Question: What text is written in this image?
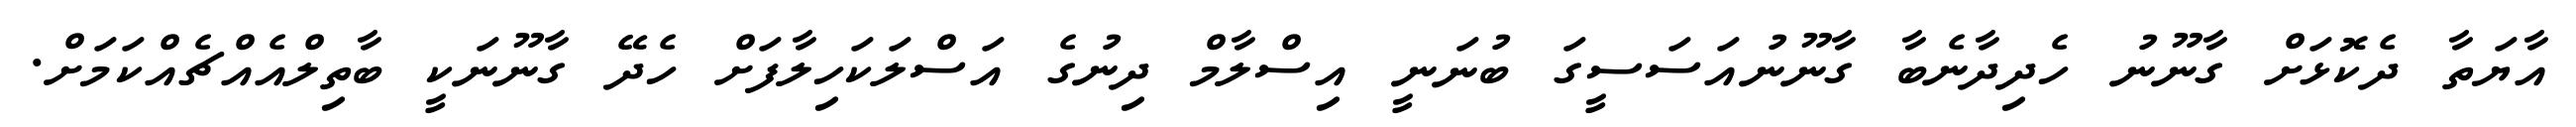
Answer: އާޔަތާ ދެކޮޅަށް ގާނޫނު ހެދިދާނެބާ ގާނޫނުއަސަސީގަ ބުނަނީ އިސްލާމް ދިނުގެ އަސްލަކަހިލާފަށް ހެދޭ ގާނޫނަކީ ބާތިލްއެއްޗެއްކަމަށް.